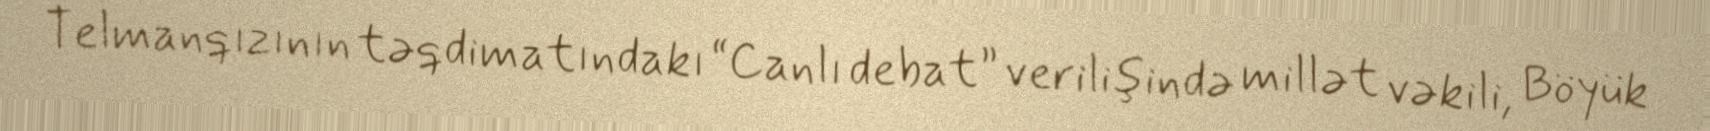
Telmanqızının təqdimatındakı “Canlı debat” verilişində millət vəkili, Böyük